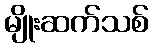
မျိုးဆက်သစ်